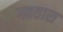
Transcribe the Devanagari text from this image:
गवतास